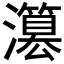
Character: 𤂳